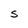
Character: S